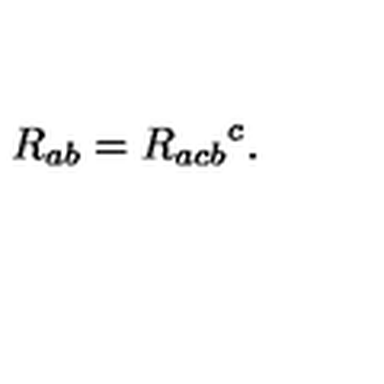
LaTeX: R _ { a b } = R _ { a c b } { } ^ { c } .